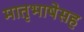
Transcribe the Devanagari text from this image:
मातृभाषेसह